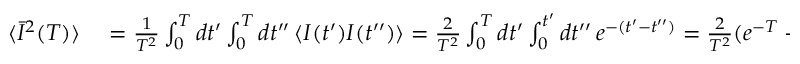
\begin{array} { r l } { \langle \bar { I } ^ { 2 } ( T ) \rangle } & { { } = \frac { 1 } { T ^ { 2 } } \int _ { 0 } ^ { T } d t ^ { \prime } \int _ { 0 } ^ { T } d t ^ { \prime \prime } \, \langle I ( t ^ { \prime } ) I ( t ^ { \prime \prime } ) \rangle = \frac { 2 } { T ^ { 2 } } \int _ { 0 } ^ { T } d t ^ { \prime } \int _ { 0 } ^ { t ^ { \prime } } d t ^ { \prime \prime } \, e ^ { - ( t ^ { \prime } - t ^ { \prime \prime } ) } = \frac { 2 } { T ^ { 2 } } ( e ^ { - T } - 1 + T ) , } \end{array}